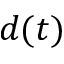
d ( t )